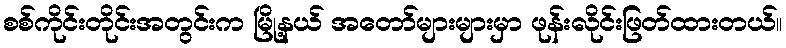
စစ်ကိုင်းတိုင်းအတွင်းက မြို့နယ် အတော်များများမှာ ဖုန်းလိုင်းဖြတ်ထားတယ်။